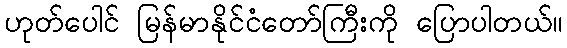
ဟုတ်ပေါင် မြန်မာနိုင်ငံတော်ကြီးကို ပြောပါတယ်။